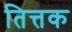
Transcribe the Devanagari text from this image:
तित्तक